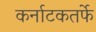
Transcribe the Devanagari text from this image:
कर्नाटकतर्फे